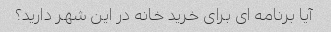
آیا برنامه ای برای خرید خانه در این شهر دارید؟